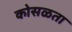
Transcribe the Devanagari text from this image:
कोसळता